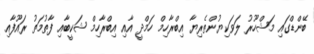
ބޭންޑްގައި މަޝްހޫރު ލަވަކިޔުންތެރިޔާ އިބްރާހިމް ހަމްދީ އާއި އިބްރާހިމް ޝަކީބާއި ފާތުމަތު ރައޫފާއި